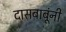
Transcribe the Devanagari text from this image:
दासबाबूंनी